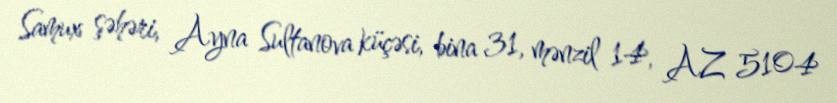
Samux şəhəri, Ayna Sultanova küçəsi, bina 31, mənzil 14, AZ 5104